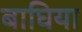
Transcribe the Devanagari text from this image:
बाघिया